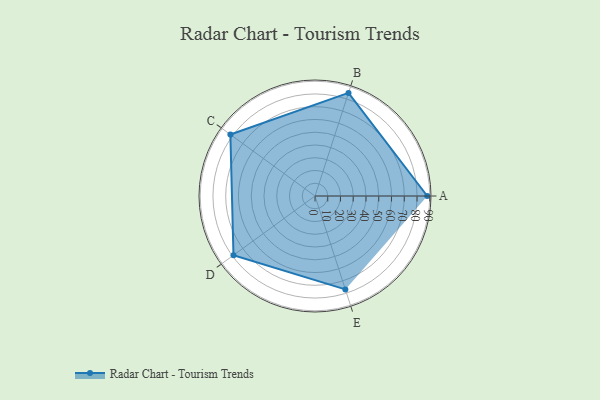
{"axis": {"x": "Skill", "y": "Score"}, "legend": ["Profile"], "data": [{"x": "A", "y": 88.0, "type": "Profile"}, {"x": "B", "y": 85.0, "type": "Profile"}, {"x": "C", "y": 82.0, "type": "Profile"}, {"x": "D", "y": 79.0, "type": "Profile"}, {"x": "E", "y": 77.0, "type": "Profile"}]}